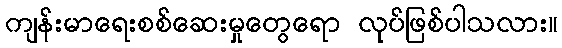
ကျန်းမာရေးစစ်ဆေးမှုတွေရော လုပ်ဖြစ်ပါသလား။